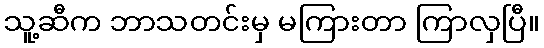
သူ့ဆီက ဘာသတင်းမှ မကြားတာ ကြာလှပြီ။